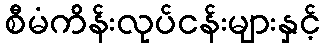
စီမံကိန်းလုပ်ငန်းများနှင့်